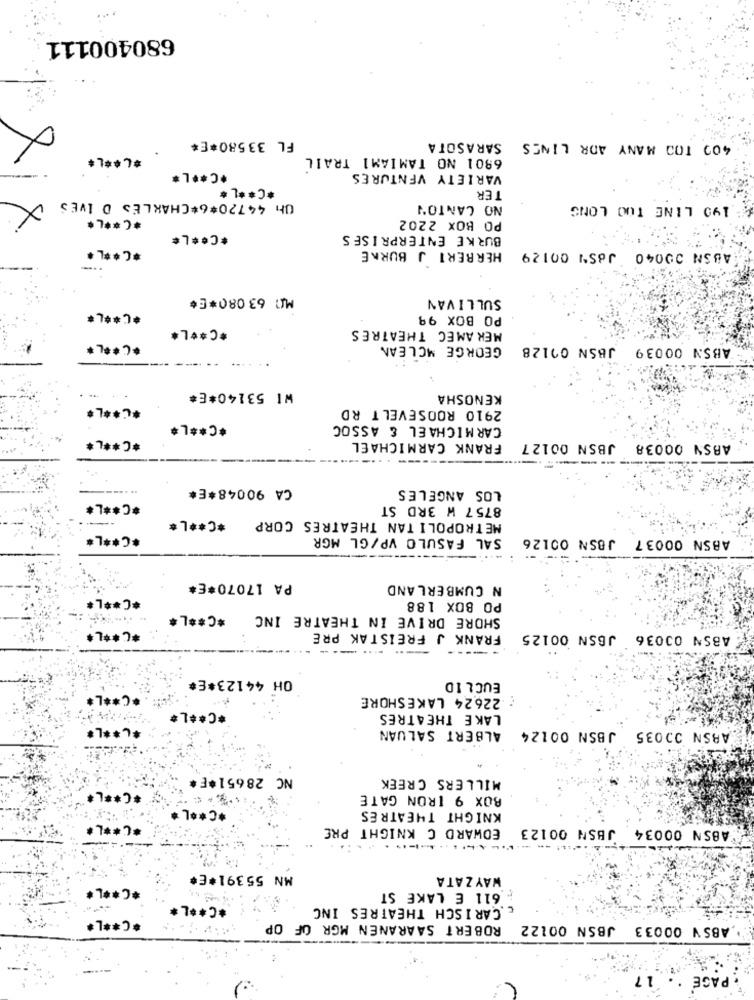
680400111
FL 33580*E#
SARASOTA
400 TOO MANY ADR LINES
X
*.** L*
6901 NO TAMIAMI TRAIL
*C ** L*
VARIETY VENTURES
*C ** L
TER
UH 44720*6*CHARLES D IVES
NO CANTON
199 LINE TOO LONG
*C ** L*
PO BOX 2202
*C ** L*
BURKE ENTERPRISES
*C ** L*
HERBERT J BURKE
ABSN 00040 JASY 00129
MI: 63080 **
SULLIVAN
*C ***
PO BOX 99
*C ** L*
MEK AMEC THEATRES
*C ** L*
GEORGE MCLEAN
ABSN 00039 JBSN 02128
WI 53140*E*
KENOSHA
*C ** L*
2910 ROOSEVELT RD
*C ** L*
CARMICHAEL & ASSOC
*C ****
FRANK CARMICHAEL
ABSN 00038 JBSN 00127
---
---
CA 90048*E*
LOS ANGELES
*C ** L*
8757 W 3RD ST
*C ** L*
METROPOLITAN THEATRES CORP
*C ** L*
SAL FASULO VP/GL MGR
ABSN 00037 JBSN 00126
PA 17070*E*
N CUMBERLAND
*C ** L*
PO BOX 188
*C ** L*
SHORE DRIVE IN THEATRE INC
*C ** L*
FRANK J FREISTAK PRE
ABSN 00036 JBSN 00125
-- ---
OH 44123*E*
EUCLID
*C ** L*
22624 LAKESHORE
*C ** L*
LAKE THEATRES
*C ** L*
ALBERT SALUAN
CABSN 00035 JBSN 00124
NC 28651*E*
MILLERS CREEK
*C ** L*
BOX 9 IRON GATE
*C ** L
KNIGHT THEATRES
*C ** L*
EDWARD C KNIGHT PRE
JBSN 00123
ABSN 00034
----
MN 55391*E*
WAYZATA
*C ** L*
611 E LAKE ST
*C ** L*
c.CARISCH THEATRES INC
*C ** L*
ROBERT SAARANEN MGR OF OP
.ABSY 00033 JBSN 00122
.17
PAGE